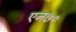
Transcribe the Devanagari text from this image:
एन७०